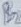
Text: B2